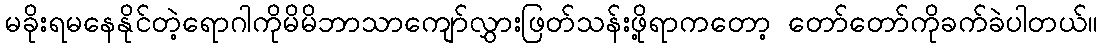
မခိုးရမနေနိုင်တဲ့ရောဂါကိုမိမိဘာသာကျော်လွှားဖြတ်သန်းဖို့ရာကတော့ တော်တော်ကိုခက်ခဲပါတယ်။